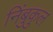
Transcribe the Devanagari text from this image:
निंबुकुल